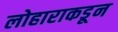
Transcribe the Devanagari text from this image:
लोहाराकडून